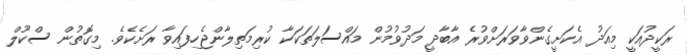
ރަކީދުއަކީ މިއަދު އެކަށީގެންވާވަރަށްވުރެ އާބާދީ މަދުވުމުން މައްސަލަތަކަކާ ކުރިމަތިލާންޖެހިފައިވާ ރަށެކެވެ. މިގޮތުން ސްކޫލް